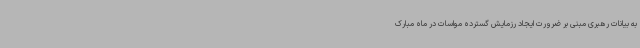
به بیانات رهبری مبنی بر ضرورت ایجاد رزمایش گسترده مواسات در ماه مبارک